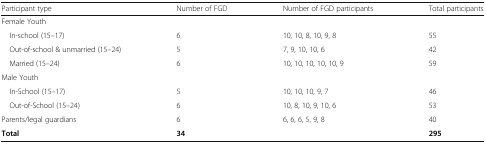
| Participant type | Number of FGD | Number of FGD participants | Total participants |
 | --- | --- | --- | --- |
 | <COLSPAN=4> Female Youth |
 | In-school (15–17) | 6 | 10, 10, 8, 10, 9, 8 | 55 |
 | Out-of-school & unmarried (15–24) | 5 | 7, 9, 10, 10, 6 | 42 |
 | Married (15–24) | 6 | 10, 10, 10, 10, 10, 9 | 59 |
 | <COLSPAN=4> Male Youth |
 | In-School (15–17) | 5 | 10, 10, 10, 9, 7 | 46 |
 | Out-of-School (15–24) | 6 | 10, 8, 10, 9, 10, 6 | 53 |
 | Parents/legal guardians | 6 | 6, 6, 6, 5, 9, 8 | 40 |
 | Total | 34 |  | 295 |